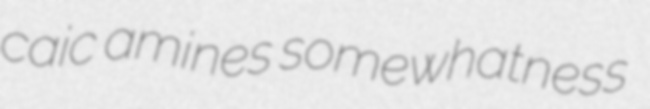
caic amines somewhatness